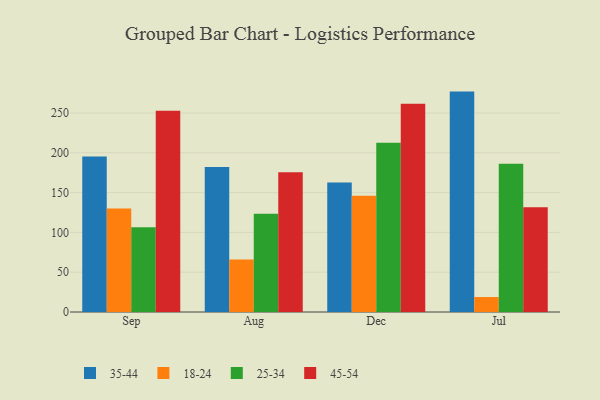
{"axis": {"x": "Month", "y": "Page Views"}, "legend": ["18-24", "25-34", "35-44", "45-54"], "data": [{"x": "Sep", "y": 195.5, "type": "35-44"}, {"x": "Sep", "y": 129.9, "type": "18-24"}, {"x": "Sep", "y": 106.5, "type": "25-34"}, {"x": "Sep", "y": 252.9, "type": "45-54"}, {"x": "Aug", "y": 182.2, "type": "35-44"}, {"x": "Aug", "y": 66.1, "type": "18-24"}, {"x": "Aug", "y": 123.3, "type": "25-34"}, {"x": "Aug", "y": 175.6, "type": "45-54"}, {"x": "Dec", "y": 162.6, "type": "35-44"}, {"x": "Dec", "y": 146.1, "type": "18-24"}, {"x": "Dec", "y": 212.6, "type": "25-34"}, {"x": "Dec", "y": 261.7, "type": "45-54"}, {"x": "Jul", "y": 276.9, "type": "35-44"}, {"x": "Jul", "y": 18.8, "type": "18-24"}, {"x": "Jul", "y": 186.2, "type": "25-34"}, {"x": "Jul", "y": 131.7, "type": "45-54"}]}